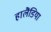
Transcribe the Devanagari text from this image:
हालैंडिया